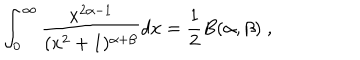
LaTeX: \int _ { 0 } ^ { \infty } \frac { x ^ { 2 \alpha - 1 } } { ( x ^ { 2 } + 1 ) ^ { \alpha + \beta } } d x = \frac { 1 } { 2 } B ( \alpha , \beta ) \; ,